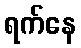
ရက်နေ